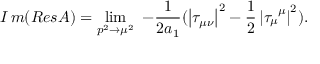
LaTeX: I \, m ( { \cal R } e s { \cal A } ) = \operatorname * { l i m } _ { p ^ { 2 } \rightarrow \mu ^ { 2 } } { \ - \frac 1 { 2 a _ { 1 } } ( \left| \tau _ { \mu \nu } \right| ^ { 2 } - \frac 1 2 \left| \tau _ { \mu } ^ { \, \, \, \mu } \right| ^ { 2 } ) . }